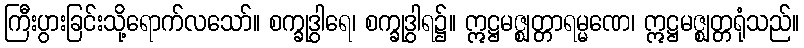
ကြီးပွားခြင်းသို့ရောက်လသော်။ စက္ခုဒွါရေ၊ စက္ခုဒွါရ၌။ ဣဋ္ဌမဇ္ဈတ္တာရမ္မဏေ၊ ဣဋ္ဌမဇ္ဈတ္တရုံသည်။